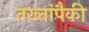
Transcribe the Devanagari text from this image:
तख्तांपैकी